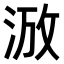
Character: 𣵑